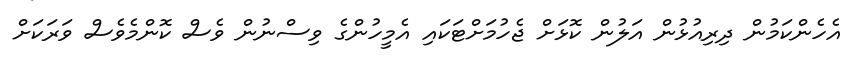
އެހެންކަމުން ދިރިއުޅުން އަލުން ކޮޅަށް ޖެހުމަށްޓަކައި އެމީހުންގެ ވިސްނުން ވެސް ކޮންމެވެސް ވަރަކަށް